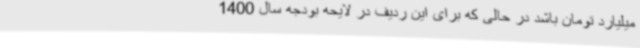
میلیارد تومان باشد در حالی که برای این ردیف در لایحه بودجه سال 1400